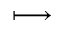
\longmapsto